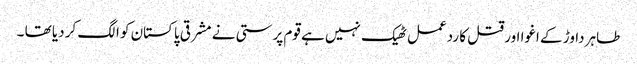
طاہر داوڑ کے اغوا اور قتل کا ردعمل ٹھیک نہیں ہے قوم پرستی نے مشرقی پاکستان کو الگ کر دیا تھا ۔